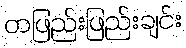
တဖြည်းဖြည်းချင်း